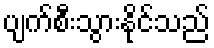
ပျက်စီးသွားနိုင်သည်